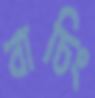
বাচিং